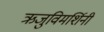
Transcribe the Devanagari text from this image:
ऋजुविमर्शिनी